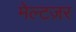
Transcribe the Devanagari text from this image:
मेल्टज़र